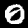
Digit: 0